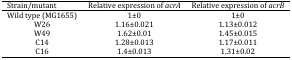
<table><thead><tr><td><b>Strain/mutant</b></td><td><b>Relative expression of <i>acrA</i></b></td><td><b>Relative expression of <i>acrB</i></b></td></tr></thead><tbody><tr><td>Wild type (MG1655)</td><td>1±0</td><td>1±0</td></tr><tr><td>W26</td><td>1.16±0.021</td><td>1.13±0.012</td></tr><tr><td>W49</td><td>1.62±0.01</td><td>1.45±0.015</td></tr><tr><td>C14</td><td>1.28±0.013</td><td>1.17±0.011</td></tr><tr><td>C16</td><td>1.4±0.013</td><td>1.31±0.02</td></tr></tbody></table>